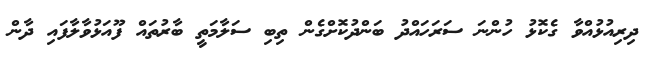
ދިރިއުޅުއްވާ ގެކޮޅު ހުންނަ ސަރަހައްދު ބަންދުކޮށްގެން ތިބި ސަލާމަތީ ބާރުތައް ފޫއަޅުވާލާފައި ދާން